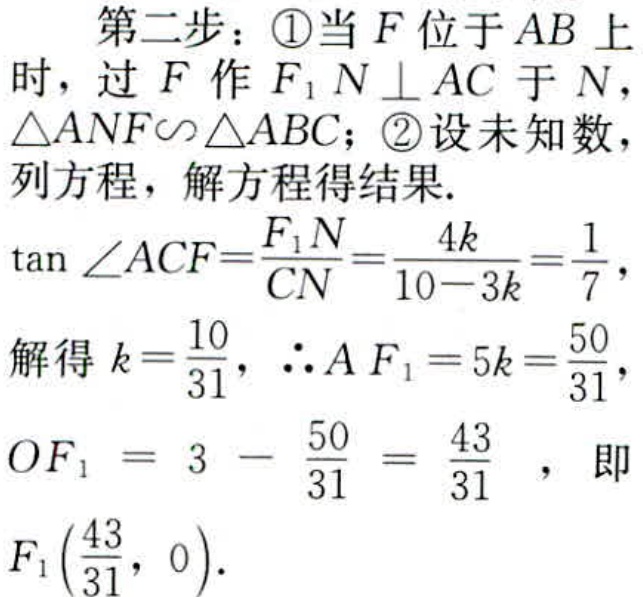
第二步：\textcircled{1}当\(F\)位于\(AB\)上时，过\(F\)作\(F_{1}N\perp AC\)于\(N\)，\(\triangle ANF\sim\triangle ABC\)；\textcircled{2}设未知数，列方程，解方程得结果.
\(\tan\angle ACF=\frac{F_{1}N}{CN}=\frac{4k}{10 - 3k}=\frac{1}{7}\)，
解得\(k = \frac{10}{31}\)，\(\therefore AF_{1}=5k=\frac{50}{31}\)，
\(OF_{1}=3-\frac{50}{31}=\frac{43}{31}\)，即\(F_{1}(\frac{43}{31},0)\).